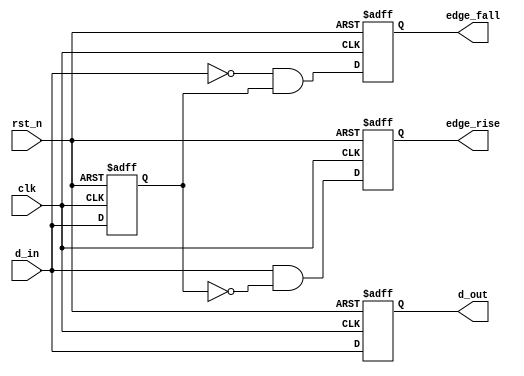
module MemoryBlock (
    input wire clk,
    input wire rst_n,
    input wire d_in,
    output reg d_out,
    output reg edge_rise,
    output reg edge_fall
);

    reg d_prev;

    always @(posedge clk or negedge rst_n) begin
        if (!rst_n) begin
            d_out <= 1'b0;
            d_prev <= 1'b0;
            edge_rise <= 1'b0;
            edge_fall <= 1'b0;
        end else begin
            d_out <= d_in;
            edge_rise <= (d_in && !d_prev); // Rising edge detection
            edge_fall <= (!d_in && d_prev); // Falling edge detection
            d_prev <= d_in;
        end
    end
endmodule